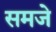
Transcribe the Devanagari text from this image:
समजे